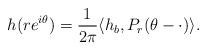
LaTeX: \begin{align*}h(re^{i\theta}) = \frac{1}{2\pi}\langle h_b, P_r(\theta - \cdot) \rangle.\end{align*}